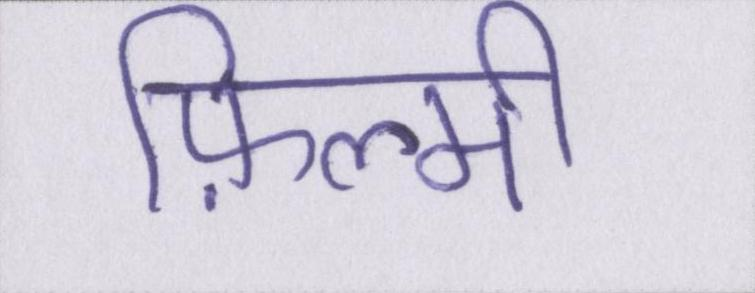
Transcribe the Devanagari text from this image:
फ़िल्मी